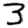
Digit: 3